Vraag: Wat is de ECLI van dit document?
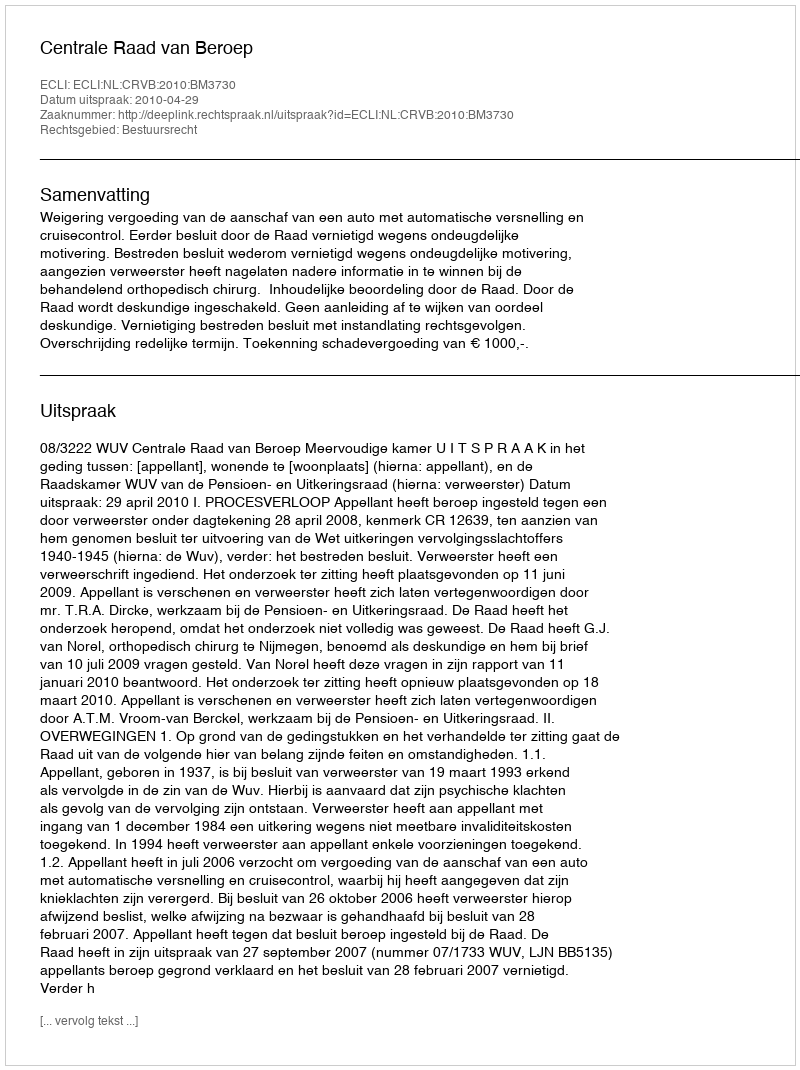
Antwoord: ECLI:NL:CRVB:2010:BM3730